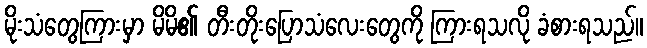
မိုးသံတွေကြားမှာ မိမိ၏ တီးတိုးပြောသံလေးတွေကို ကြားရသလို ခံစားရသည်။